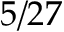
5 / 2 7